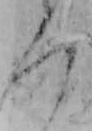
ろ